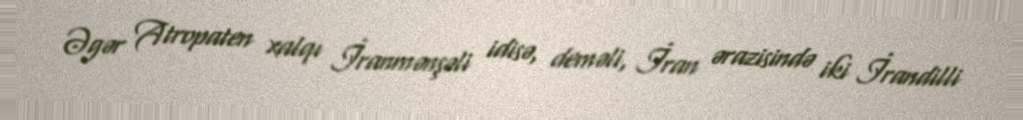
Əgər Atropaten xalqı İranmənşəli idisə, deməli, İran ərazisində iki İrandilli